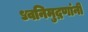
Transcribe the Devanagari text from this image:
ध्वनिमुद्रणांनी